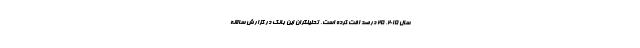
سال ۲۰۱۵، ۲۵ درصد افت کرده است. تحلیلگران این بانک در گزارش سالانه